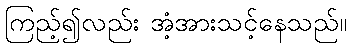
ကြည့်၍လည်း အံ့အားသင့်နေသည်။